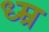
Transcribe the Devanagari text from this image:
ध्म्र